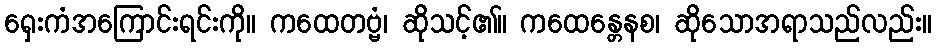
ရှေးကံအကြောင်းရင်းကို။ ကထေတဗ္ဗံ၊ ဆိုသင့်၏။ ကထေန္တေနစ၊ ဆိုသောအရာသည်လည်း။